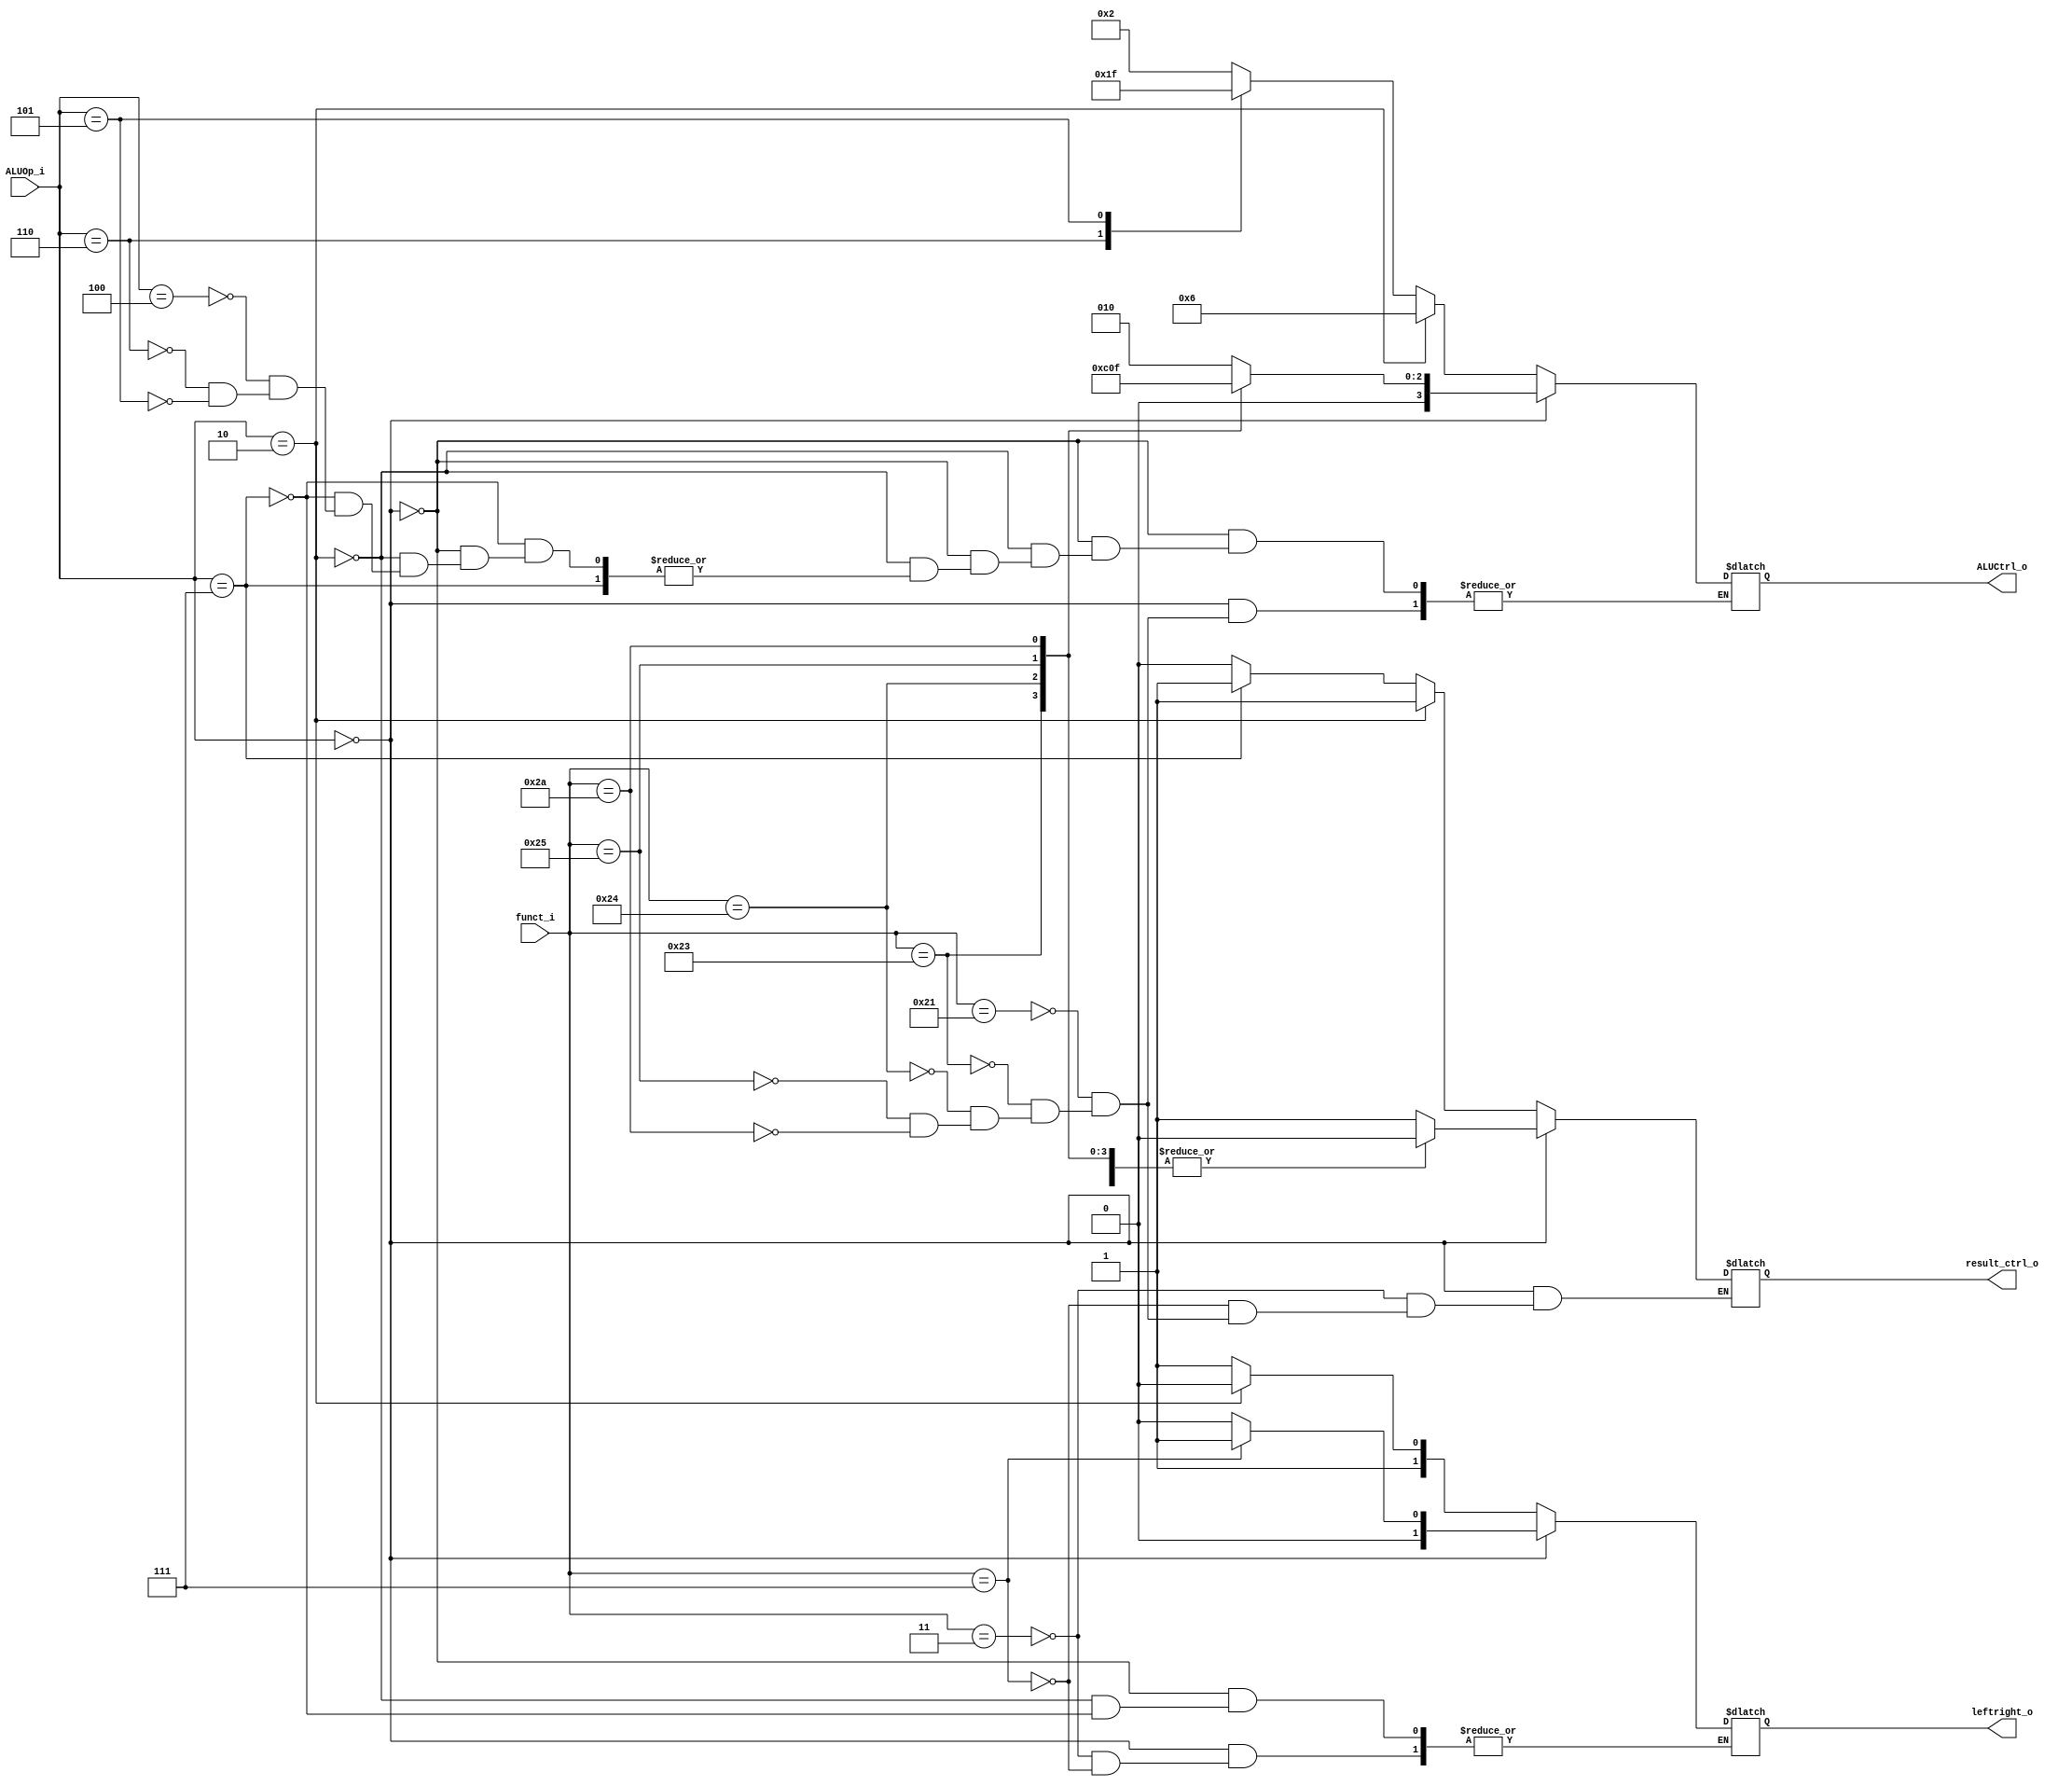

module ALU_Ctrl(
        funct_i,
        ALUOp_i,
        ALUCtrl_o,
        leftright_o,
        result_ctrl_o,
        );

//I/O ports
input      [6-1:0] funct_i;
input      [3-1:0] ALUOp_i;

output     [4-1:0] ALUCtrl_o; //alu
output     [2-1:0] leftright_o;
output          result_ctrl_o;
//Internal Signals
reg        [4-1:0] ALUCtrl_o;
reg        [2-1:0] leftright_o;
reg             result_ctrl_o;

//Select exact operation
always@(*)begin
        //if ALUop==0, Rtype
        if(ALUOp_i == 3'b000)begin
                //if funct_i==0, result=shifte
                        
                        case(funct_i)
                                //leftright=00, sra
                                6'b000011: begin
                                        leftright_o<=2'b00;
                                        result_ctrl_o<=1;
                                end
                                //leftright=01, srav
                                6'b000111: begin
                                        leftright_o <= 2'b01;
                                        result_ctrl_o <= 1;
                                end
                                //addu
                                6'b100001: begin
                                        ALUCtrl_o <= 4'b0010;
                                        result_ctrl_o <= 0;
                                end
                                //subu
                                6'b100011: begin
                                        ALUCtrl_o <= 4'b0110;
                                        result_ctrl_o <= 0;
                                end
                                //and
                                6'b100100: begin
                                        ALUCtrl_o <= 4'b0000;
                                        result_ctrl_o <= 0;
                                end
                                //or
                                6'b100101: begin
                                        ALUCtrl_o <= 4'b0001;
                                        result_ctrl_o <= 0;
                                end
                                //slt
                                6'b101010: begin
                                        ALUCtrl_o <= 4'b0111;
                                        result_ctrl_o <= 0;
                                end

                        endcase
        end
        //if ALUop==010, branch
        else if (ALUOp_i == 3'b010) begin
                //leftshift<<2, alu
                leftright_o <= 2'b10;
                ALUCtrl_o <= 4'b0110;
                result_ctrl_o <= 1;
        end
        //if ALUop==111, lui, result==shifter, leftshift<<16
        else if (ALUOp_i == 3'b111) begin
                leftright_o <= 2'b11;
                result_ctrl_o <= 1;
        end
        //R-type
        else begin
                result_ctrl_o <= 0;
                case(ALUOp_i)
                        3'b100: ALUCtrl_o = 4'b0010;
                        3'b110: ALUCtrl_o = 4'b0001;
                        3'b101: ALUCtrl_o = 4'b1111;
                endcase
        end
end

endmodule